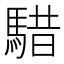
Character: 𩤈